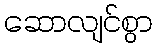
ဆောလျင်စွာ